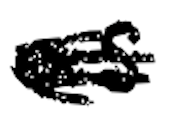
Text: as
Cross-out: scratch
Writing tool: digital_black